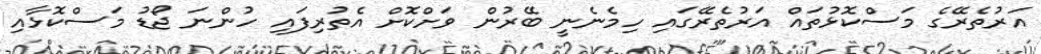
އަރުތެރޭގެ މަސްކޮޅުތައް އަރުތެރޭގައި ހިމެނެނީ ބޭރުން ވަށްކޮށް އެތުރިފައި ހުންނަ ޖޯޑު މަސްކޮޅާއި